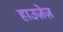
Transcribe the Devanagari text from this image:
हाउज़ेज़